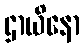
ဌာယိနော